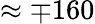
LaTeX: \approx\mp 160